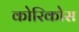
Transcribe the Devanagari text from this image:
कोरिकोस